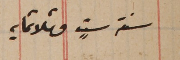
سنةستٍ وثلاثمايه.